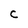
Character: C